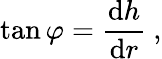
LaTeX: \tan\varphi={\frac{\mathrm{d}h}{\mathrm{d}r}}\ ,